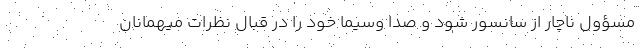
مسؤول ناچار از سانسور شود و صدا وسیما خود را در قبال نظرات میهمانان